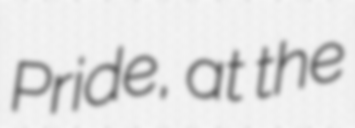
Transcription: Pride, at the